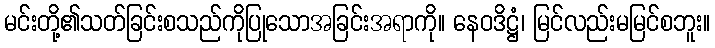
မင်းတို့၏သတ်ခြင်းစသည်ကိုပြုသောအခြင်းအရာကို။ နေဝဒိဋ္ဌံ၊ မြင်လည်းမမြင်စဘူး။